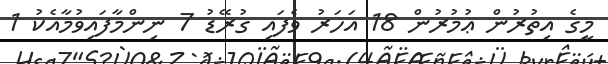
މީގެ އިތުރުން ޢުމުރުން 18 އަހަރު ވެފައި ގުރޭޑު 7 ނިންމާފައިވުމާއެކު 1